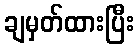
ချမှတ်ထားပြီး